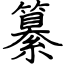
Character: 纂